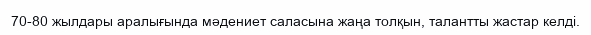
70-80 жылдары аралығында мәдениет саласына жаңа толқын, талантты жастар келді.